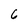
Character: 6